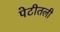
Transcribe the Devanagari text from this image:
पेटीतली